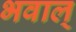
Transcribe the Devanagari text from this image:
भवाल्